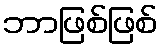
ဘာဖြစ်ဖြစ်